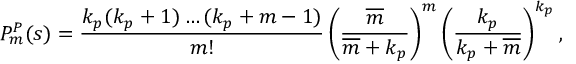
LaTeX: P _ { m } ^ { P } ( s ) = \frac { k _ { p } ( k _ { p } + 1 ) \dots ( k _ { p } + m - 1 ) } { m ! } \left( \frac { \overline { { m } } } { \overline { { m } } + k _ { p } } \right) ^ { m } \left( \frac { k _ { p } } { k _ { p } + \overline { { m } } } \right) ^ { k _ { p } } ,